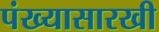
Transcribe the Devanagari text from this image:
पंख्यासारखी